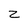
Character: z